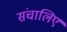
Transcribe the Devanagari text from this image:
संचालिए